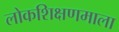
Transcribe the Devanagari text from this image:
लोकशिक्षणमाला